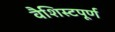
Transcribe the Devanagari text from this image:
वैशिस्टपूर्ण